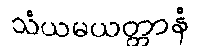
သံယမယတ္တာနံ